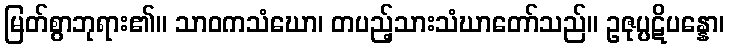
မြတ်စွာဘုရား၏။ သာဝကသံဃော၊ တပည့်သားသံဃာတော်သည်။ ဥဇုပ္ပဋိပန္နော၊